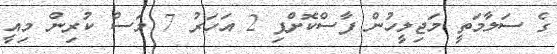
ގެ ސަލާމަތީ މަޖިލީހުން ފާސްކޮށްފި 2 އަހަރު 7 މަސް ކުރިން މިއީ